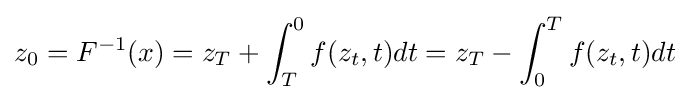
z_{0}=F^{-1}(x)=z_{T}+\int _{T}^{0}f(z_{t},t)dt=z_{T}-\int _{0}^{T}f(z_{t},t)dt